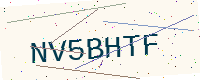
Text: NV5BHTF